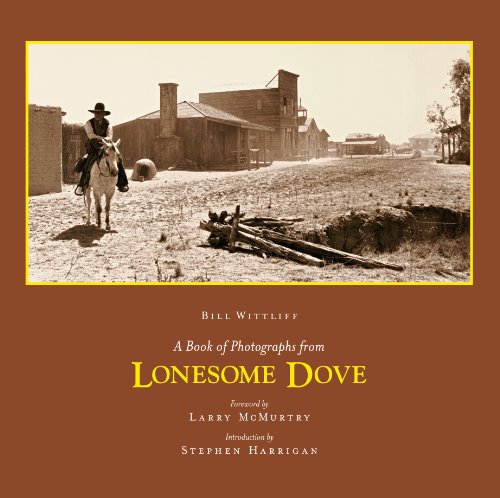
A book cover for A Book of Photographs from Lonesome Dove (Wittliff Gallery of Southwestern and Mexican Photography Ser); Bill Wittliff; Humor & Entertainment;